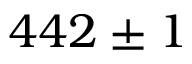
4 4 2 \pm 1